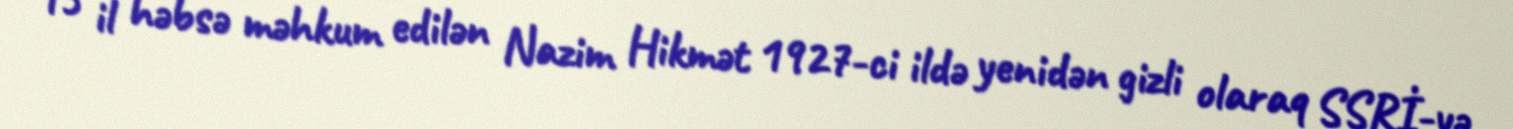
15 il həbsə məhkum edilən Nazim Hikmət 1927-ci ildə yenidən gizli olaraq SSRİ-yə